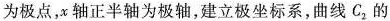
为极点，x轴正半轴为极轴，建立极坐标系，曲线C_{2}的